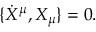
\{ \dot { X } ^ { \mu } , X _ { \mu } \} = 0 .